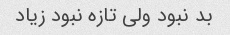
بد نبود ولی تازه نبود زیاد